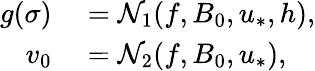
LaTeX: \begin{array}{rl}{g(\sigma)}&{{}=\mathcal{N}_{1}(f,B_{0},u_{*},h),}\\ {v_{0}}&{{}=\mathcal{N}_{2}(f,B_{0},u_{*}),}\end{array}